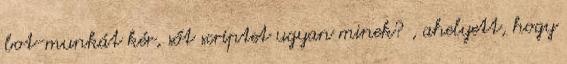
bot-munkát kér, sőt scriptet ugyan minek? , ahelyett, hogy